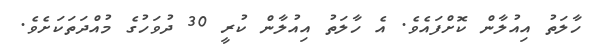
ހާލަތު އިއުލާން ކޮށްފައެވެ. އެ ހާލަތު އިއުލާން ކުރީ 30 ދުވަހުގެ މުއްދަތަކަށެވެ.